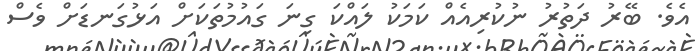
އެވެ. ބޭރު ދަތުރު ނުކުރިއެއް ކަމަކު ލައްކަ ގިނަ ގައުމުތަކަށް އަޅުގަނޑަށް ވެސް